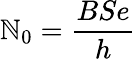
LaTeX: \mathbb{N}_{0}=\frac{{BSe}}{{h}}